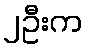
၂ဦးက